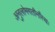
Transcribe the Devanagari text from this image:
अनुलोमगतीनौंस्थः